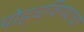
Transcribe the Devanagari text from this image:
पोहचविण्याचा